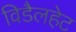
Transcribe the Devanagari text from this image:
विडैलहेट